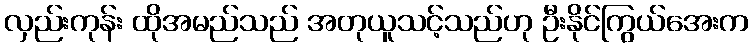
လှည်းကုန်း ထိုအမည်သည် အတုယူသင့်သည်ဟု ဦးနိုင်ကြွယ်အေးက